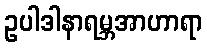
ဥပါဒါနာရမ္ဘအာဟာရာ